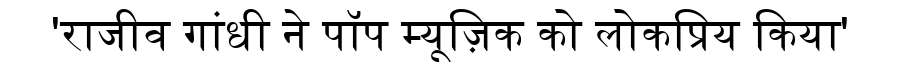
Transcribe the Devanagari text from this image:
'राजीव गांधी ने पॉप म्यूज़िक को लोकप्रिय किया'